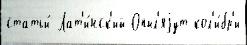
статьи́ Лат'и́нск'ий Опыл'яjут кол'и́бр'и